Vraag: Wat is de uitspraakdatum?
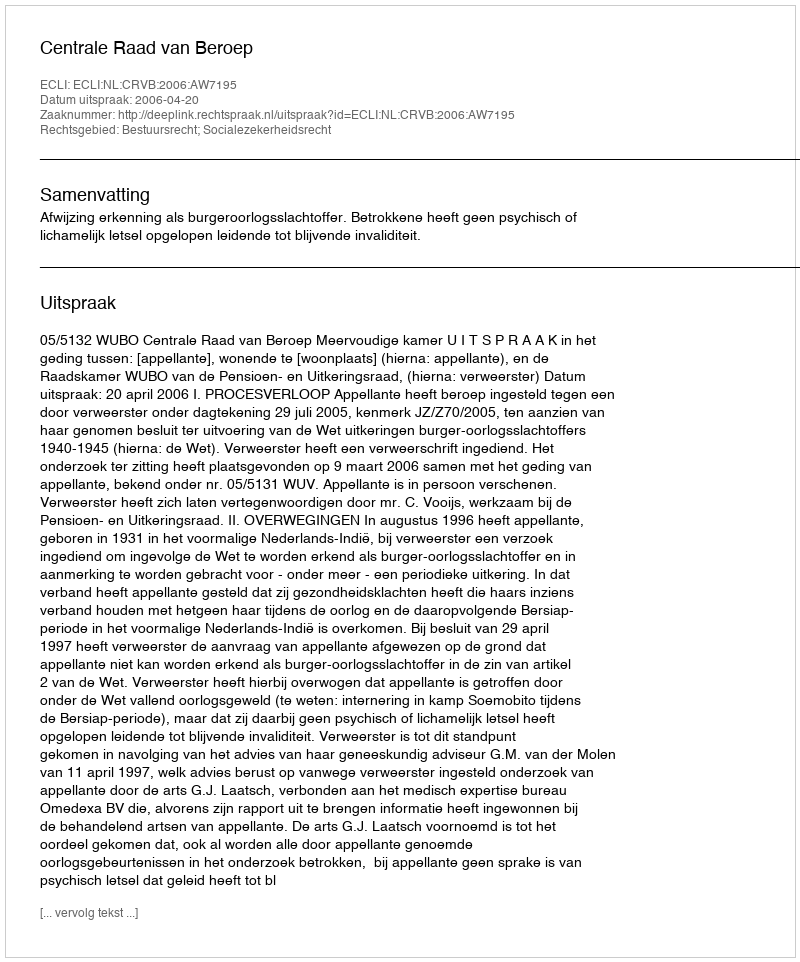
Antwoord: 2006-04-20